Vaccination in Burma 1889-1999 - 1889-1999
Year: 1889
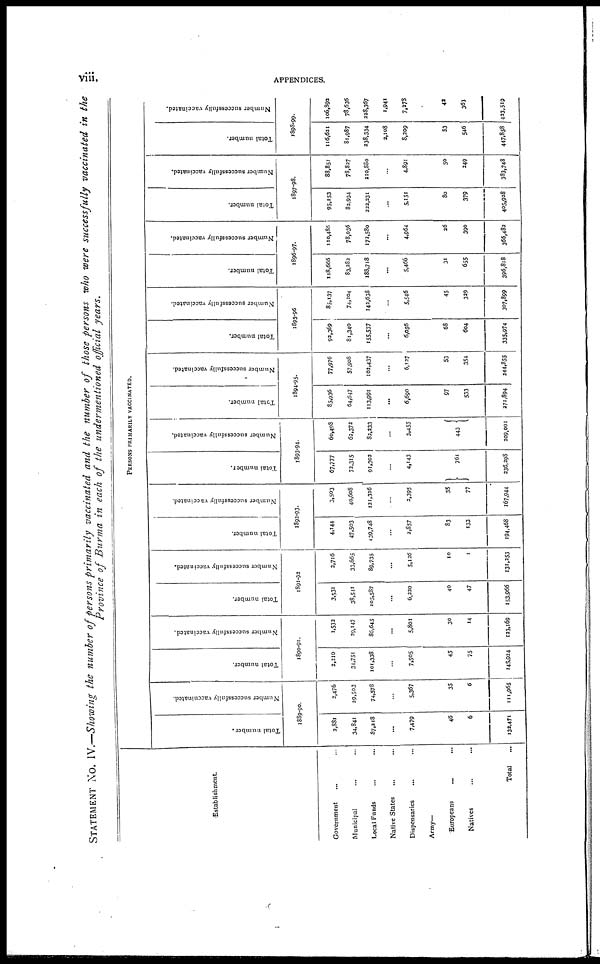
viii.
APPENDICES.
STATEMENT NO. IV.—Showing the number of persons primarily vaccinated and the number of those persons who were successfully vaccinated in the
Province of Burma in each of the undermentioned official years.
Establishment.
Government ... ...
Municipal ... ...
Local Funds ... ...
Native States ... ...
Dispensaries ... ...
Army—
Europeans ... ...
Natives ... ...
Total ...
PERSONS PRIMARILY VACCINATED.
Total number.
Number successfully vaccninated.
1889-90.
2,831
34,841
87,218
...
7,479
46
6
131,471
2,476
29,503
74,578
...
5,367
35
6
111,965
Total number.
Number successfully vaccinated.
1890-91.
2,210
34,751
101,338
...
7,505
45
75
115,924
1,532
29,147
86,645
...
5,801
30
14
123,169
Total number.
Number successfully vaccinated.
1891-92
3,531
38,541
105,587
...
6,220
40
47
153,966
2,716
33,665
89,735
...
5,126
10
1
131,253
Total number.
Number successfully vaccinated.
1892-93.
4,144
47,503
139,748
...
2,857
83
133
194,468
3,503
40,608
121,326
2,395
35
77
167,944
Total number.
Number successfully vaccinated.
1893-94.
67,777
72,315
91,302
...
4,143
761
236,298
60,498
62,372
82,233
...
3,455
443
209,001
Total number.
Number successfully vaccinated.
1894-95.
85,936
64,647
113,991
...
6,690
97
533
271,894
77,976
57,908
102,437
...
6,127
53
354
244,855
Total number.
Number successfully vaccinated.
1895-96
92,369
81,340
155,537
...
6,056
68
604
335,974
85,137
74,204
142,638
...
5,546
45
329
307,899
Total number.
Number successfully vaccinated.
1896-97.
118,666
83,282
188,718
...
5,466
31
655
396,818
110,486
78,036
172,580
...
4,964
26
390
366,482
Total number.
Number successfully vaccinated.
1897-98.
95,153
82,934
222,231
...
5,151
80
379
405,928
88,851
78,827
210,880
4,891
50
349
333,748
Total number.
Number successfully vaccinated.
1898-99.
116,621
81,987
338,334
2,108
8,209
53
546
447,858
106,892
78,636
228,367
1,941
7,378
42
363
433,519